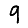
Digit: 9